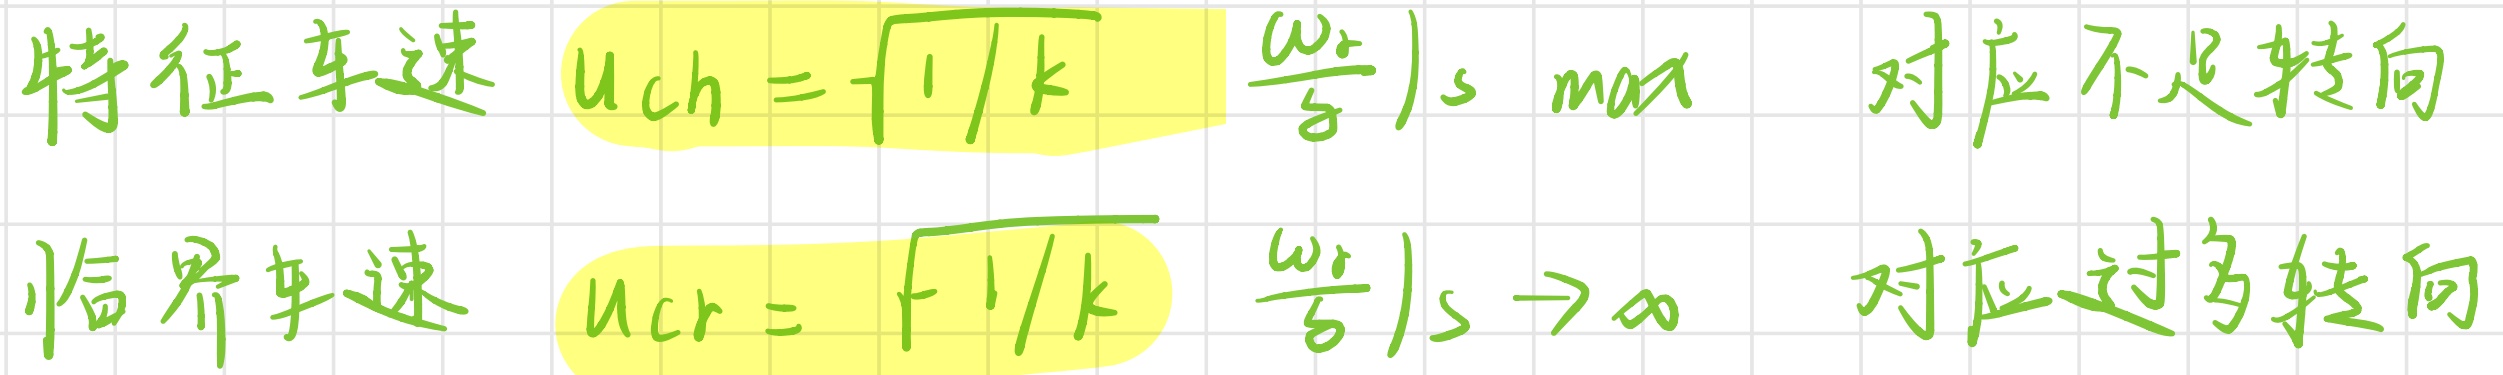
特征车速 $u_{ch}=\sqrt{1/k}$  $\left.\frac{\omega_{r}}{\delta}\right)_s \max$ 对应不足转向
临界车速 $u_{cr}=\sqrt{1/k}$  $\left.\frac{\omega_{r}}{\delta}\right)_s \to \infty$ 对应过多转向